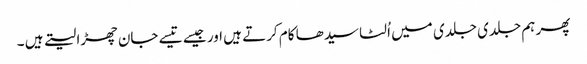
پھر ہم جلدی جلدی میں اُلٹا سیدھا کام کرتے ہیں اور جیسے تیسے جان چھڑا لیتے ہیں ۔